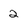
Character: 2